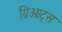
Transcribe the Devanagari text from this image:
ग्रिओट्स